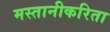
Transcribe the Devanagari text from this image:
मस्तानीकरिता